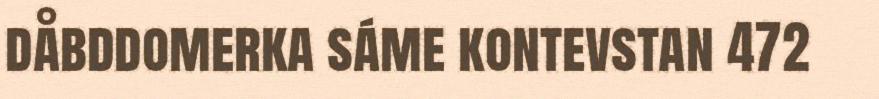
dåbddomerka sáme kontevstan 472